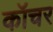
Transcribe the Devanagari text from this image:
कॉचर